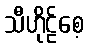
သီဟိုဠ်စေ့